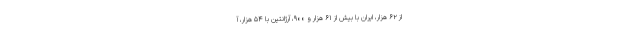
از ۶۲ هزار، ایران با بیش از ۶۱ هزار و ۹۰۰، آرژانتین با ۵۴ هزار، آ